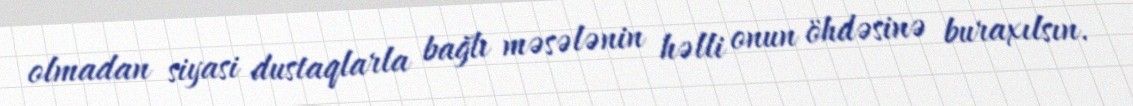
olmadan siyasi dustaqlarla bağlı məsələnin həlli onun öhdəsinə buraxılsın.